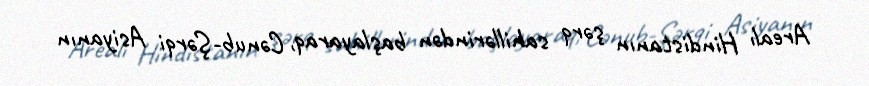
Arealı Hindistanın şərq sahillərindən başlayaraq, Cənub-Şərqi Asiyanın